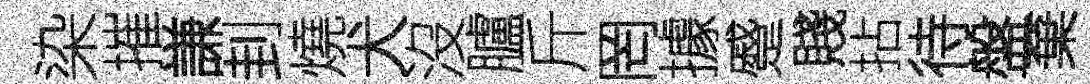
染摧謙刲燒犬沒臚斤罔據蹙賤拈待盤棄